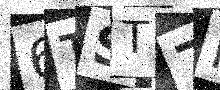
Text: 6TST7R